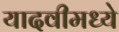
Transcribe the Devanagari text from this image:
यादवीमध्ये